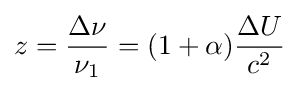
z={\frac {\Delta \nu }{\nu _{1}}}=(1+\alpha ){\frac {\Delta U}{c^{2}}}